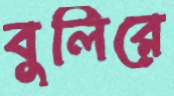
বুলিরে